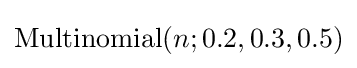
\mathrm {Multinomial} (n;0.2,0.3,0.5)